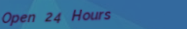
Open 24 Hours